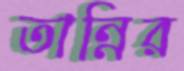
তান্নির